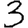
Digit: 3